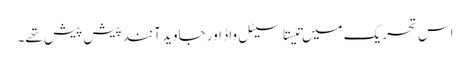
اس تحریک میں تیستا سیٹل واڈ اور جاوید آنند پیش پیش تھے۔